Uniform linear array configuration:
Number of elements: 48
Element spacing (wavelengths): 0.5
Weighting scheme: binomial
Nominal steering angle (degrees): -15
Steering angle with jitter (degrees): -16.904
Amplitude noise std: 0.05
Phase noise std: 0.05

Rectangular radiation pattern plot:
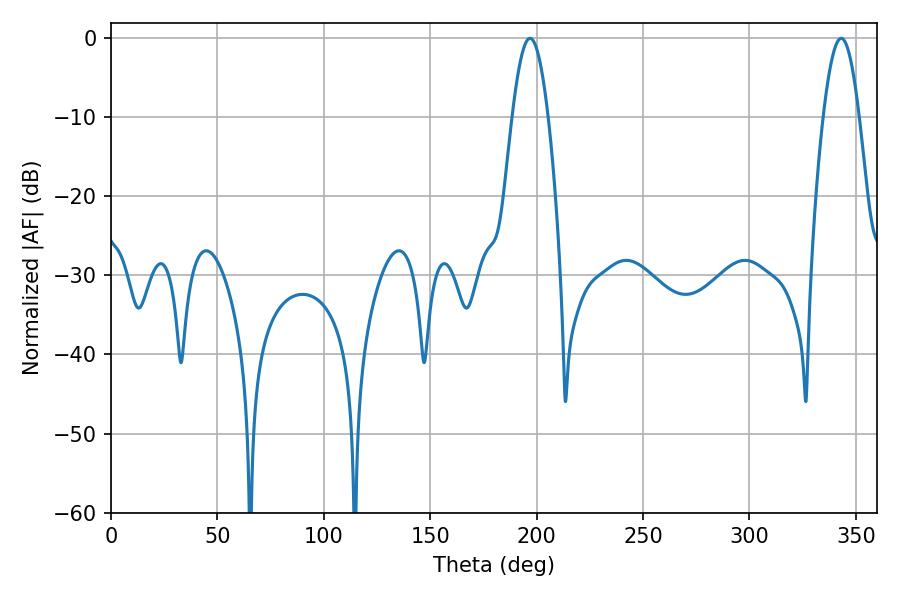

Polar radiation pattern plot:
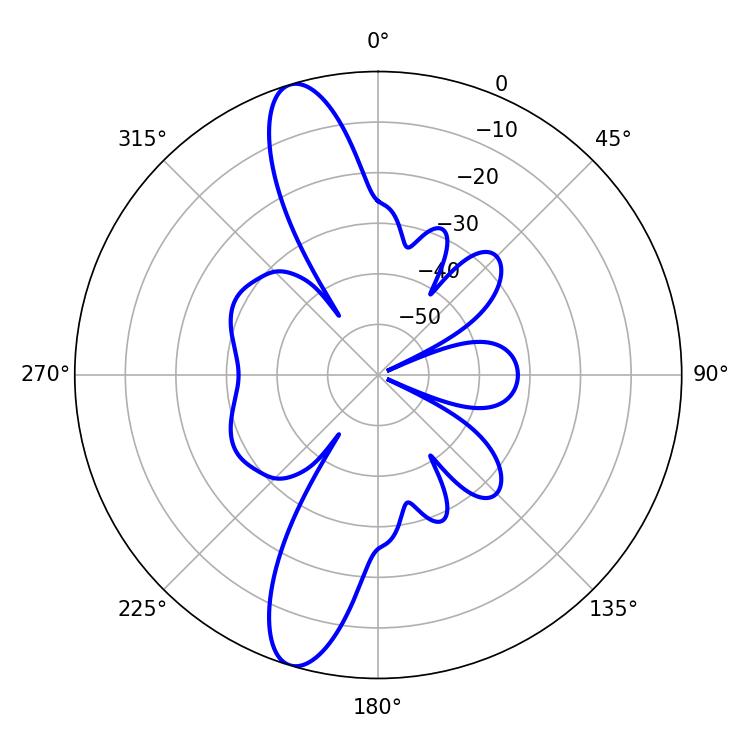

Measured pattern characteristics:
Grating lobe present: FALSE
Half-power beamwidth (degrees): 9
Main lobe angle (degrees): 196.92